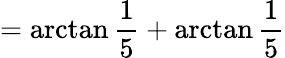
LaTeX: =\arctan{\frac{1}{5}}+\arctan{\frac{1}{5}}